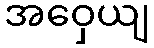
အဝှေယျ